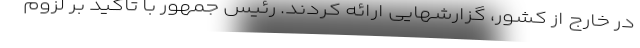
در خارج از کشور، گزارشهایی ارائه کردند. رئیس جمهور با تاکید بر لزوم